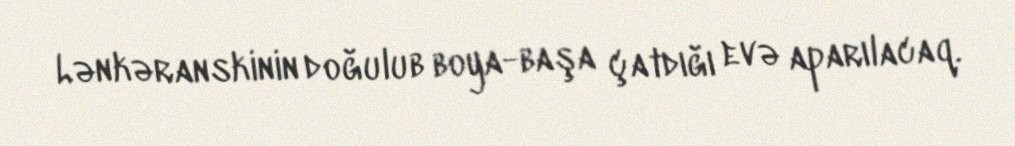
Lənkəranskinin doğulub boya-başa çatdığı evə aparılacaq.